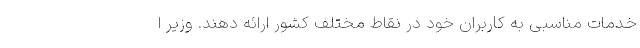
خدمات مناسبی به کاربران خود در نقاط مختلف کشور ارائه دهند. وزیر ا